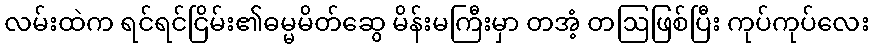
လမ်းထဲက ရင်ရင်ငြိမ်း၏ဓမ္မမိတ်ဆွေ မိန်းမကြီးမှာ တအံ့ တဩဖြစ်ပြီး ကုပ်ကုပ်လေး